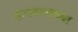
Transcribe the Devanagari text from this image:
कंपवाताच्या